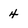
Character: 4